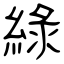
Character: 綠